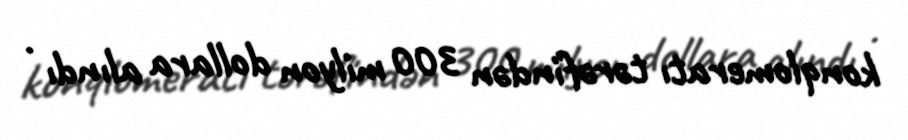
konqlomeratı tərəfindən 300 milyon dollara alındı .